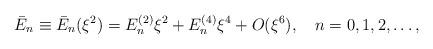
LaTeX: \begin{align*}\bar{E}_n\equiv\bar{E}_n(\xi^2)=E^{(2)}_n\xi^2+E^{(4)}_n\xi^4 +O(\xi^6),\quad n=0,1,2,\dots,\end{align*}